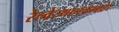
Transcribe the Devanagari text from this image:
रेल्वेस्थानकाबाहेर